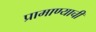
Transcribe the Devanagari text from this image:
प्रामाण्याची